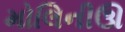
મોલિનીઊ